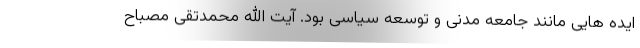
ایده هایی مانند جامعه مدنی و توسعه سیاسی بود. آیت الله محمدتقی مصباح